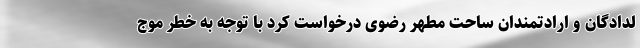
لدادگان و ارادتمندان ساحت مطهر رضوی درخواست کرد با توجه به خطر موج